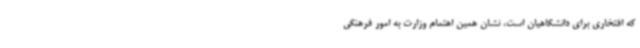
که افتخاری برای دانشگاهیان است، نشان همین اهتمام وزارت به امور فرهنگی